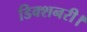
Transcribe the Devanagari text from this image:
डिक्शनरी।